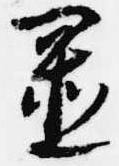
置